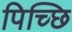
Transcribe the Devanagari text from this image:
पिच्छि